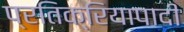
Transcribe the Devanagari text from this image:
प्रतिक्रियापादी